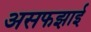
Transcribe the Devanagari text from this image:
असफझाई